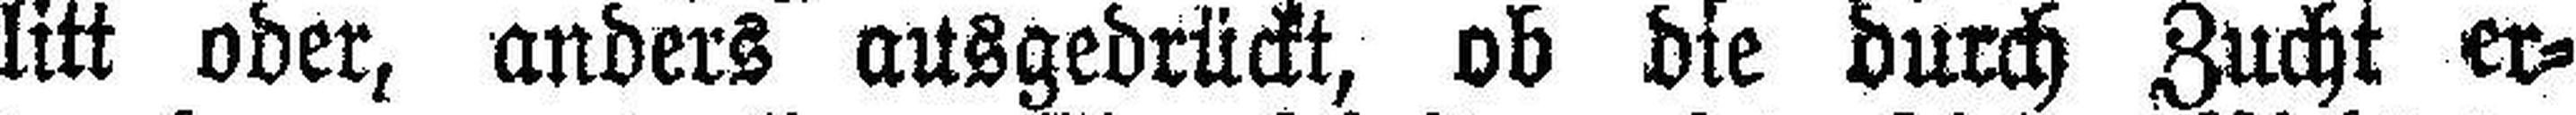
litt oder, anders ausgedrückt, ob die durch Zucht er¬